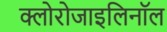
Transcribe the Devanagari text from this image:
क्लोरोजाइलिनॉल